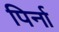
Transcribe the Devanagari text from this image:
पिर्ना